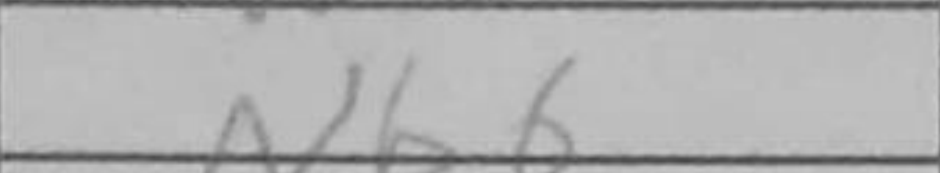
Transcription: Nb6